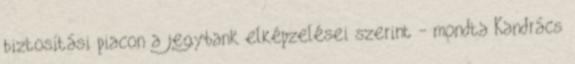
biztosítási piacon a jegybank elképzelései szerint - mondta Kandrács